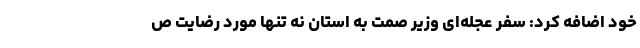
خود اضافه کرد: سفر عجله‌ای وزیر صمت به استان نه تنها مورد رضایت ص